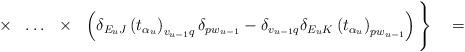
LaTeX: \begin{align*}\times\ \ \ldots\ \ \times\ \ \left(\delta_{E_uJ}\left(t_{\alpha_u}\right)_{v_{u-1}q}\delta_{pw_{u-1}}-\delta_{v_{u-1}q}\delta_{E_uK}\left(t_{\alpha_u}\right)_{pw_{u-1}}\right)\Bigg\}\quad=\end{align*}